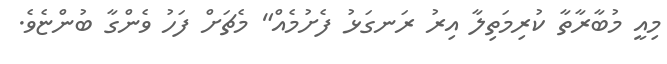
މިއީ މުބާރާތާ ކުރިމަތިލާ އިރު ރަނގަޅު ފެށުމެއް" މެޗަށް ފަހު ވެންގާ ބުންޏެވެ.